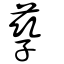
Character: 孶